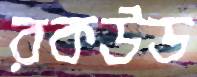
রকউড